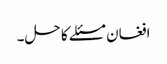
افغان مسئلے کا حل۔